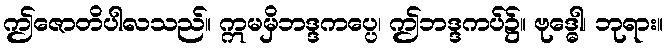
ဤဇောတိပါလသည်။ ဣမမှိဘဒ္ဒကပ္ပေ၊ ဤဘဒ္ဒကပ်၌။ ဗုဒ္ဓေါ၊ ဘုရား။